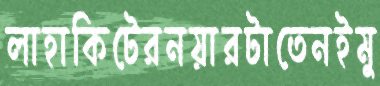
লাহাকিটেরনয়ারটাতেনইমু